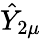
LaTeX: \hat{Y}_{2\mu}